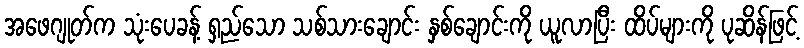
အဖေဂျုတ်က သုံးပေခန့် ရှည်သော သစ်သားချောင်း နှစ်ချောင်းကို ယူလာပြီး ထိပ်များကို ပုဆိန်ဖြင့်